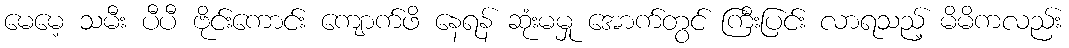
မေမေ့ သမီး ပီပီ ဗိုင်းကောင်း ကျောက်ဖိ နေရန် ဆုံးမမှု အောက်တွင် ကြီးပြင်း လာရသည့် မိမိကလည်း